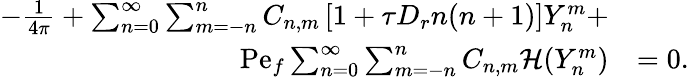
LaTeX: \begin{array}{rl}{-\frac{1}{4\pi}+\sum_{n=0}^{\infty}\sum_{m=-n}^{n}C_{n,m}\left[1+\tau D_{r}n(n+1)\right]Y_{n}^{m}+}&{}\\ {\mathrm{Pe}_{f}\sum_{n=0}^{\infty}\sum_{m=-n}^{n}C_{n,m}\mathcal{H}(Y_{n}^{m})}&{=0.}\end{array}